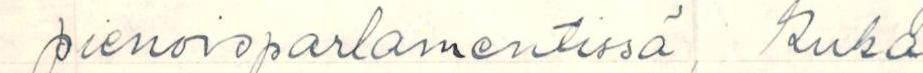
pienoisparlamentissä, kuka